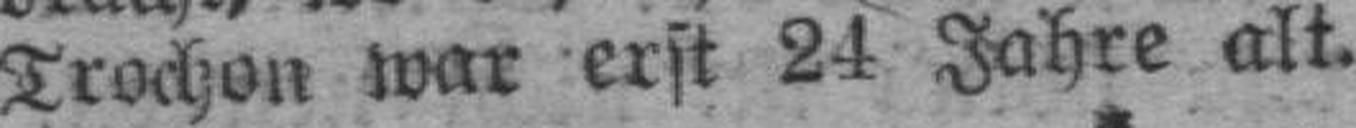
Trochon war erst 24 Jahre alt.